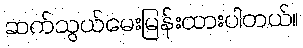
ဆက်သွယ်မေးမြန်းထားပါတယ်။